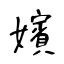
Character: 嬪